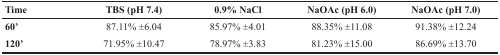
| Time | TBS (pH 7.4) | 0.9% NaCl | NaOAc (pH 6.0) | NaOAc (pH 7.0) |
 | --- | --- | --- | --- | --- |
 | 60’ | 87.11% ±6.04 | 85.97% ±4.01 | 88.35% ±11.08 | 91.38% ±12.24 |
 | 120’ | 71.95% ±10.47 | 78.97% ±3.83 | 81.23% ±15.00 | 86.69% ±13.70 |